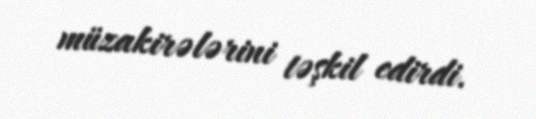
müzakirələrini təşkil edirdi.